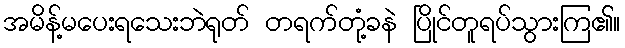
အမိန့်မပေးရသေးဘဲရုတ် တရက်တုံ့ခနဲ ပြိုင်တူရပ်သွားကြ၏။